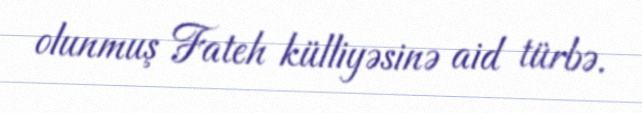
olunmuş Fateh külliyəsinə aid türbə.